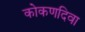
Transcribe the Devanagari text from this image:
कोकणदिवा